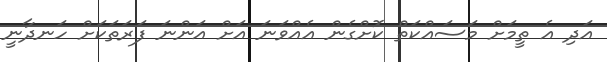
އަދި އެ ތީމަށް މަސައްކަތް ކޮށްގެން އެއްވަނަ އަށް އަންނަ ފަރަތަކަށް ހަނދާނީ